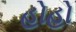
હોહો